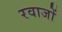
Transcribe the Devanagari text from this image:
रवाजों